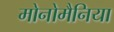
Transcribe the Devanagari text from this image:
मोनोमैनिया